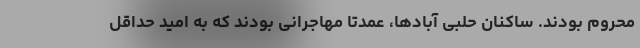
محروم بودند. ساکنان حلبی آبادها، عمدتا مهاجرانی بودند که به امید حداقل